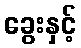
ခွေးနှင့်